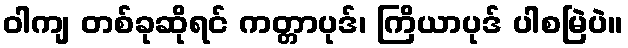
ဝါကျ တစ်ခုဆိုရင် ကတ္တာပုဒ်၊ ကြိယာပုဒ် ပါစမြဲပဲ။